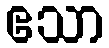
ဧသာ